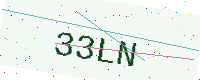
Text: 33LN